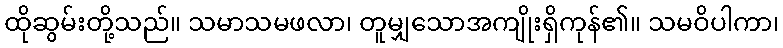
ထိုဆွမ်းတို့သည်။ သမာသမဖလာ၊ တူမျှသောအကျိုးရှိကုန်၏။ သမဝိပါကာ၊